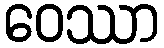
ဝေဿာ